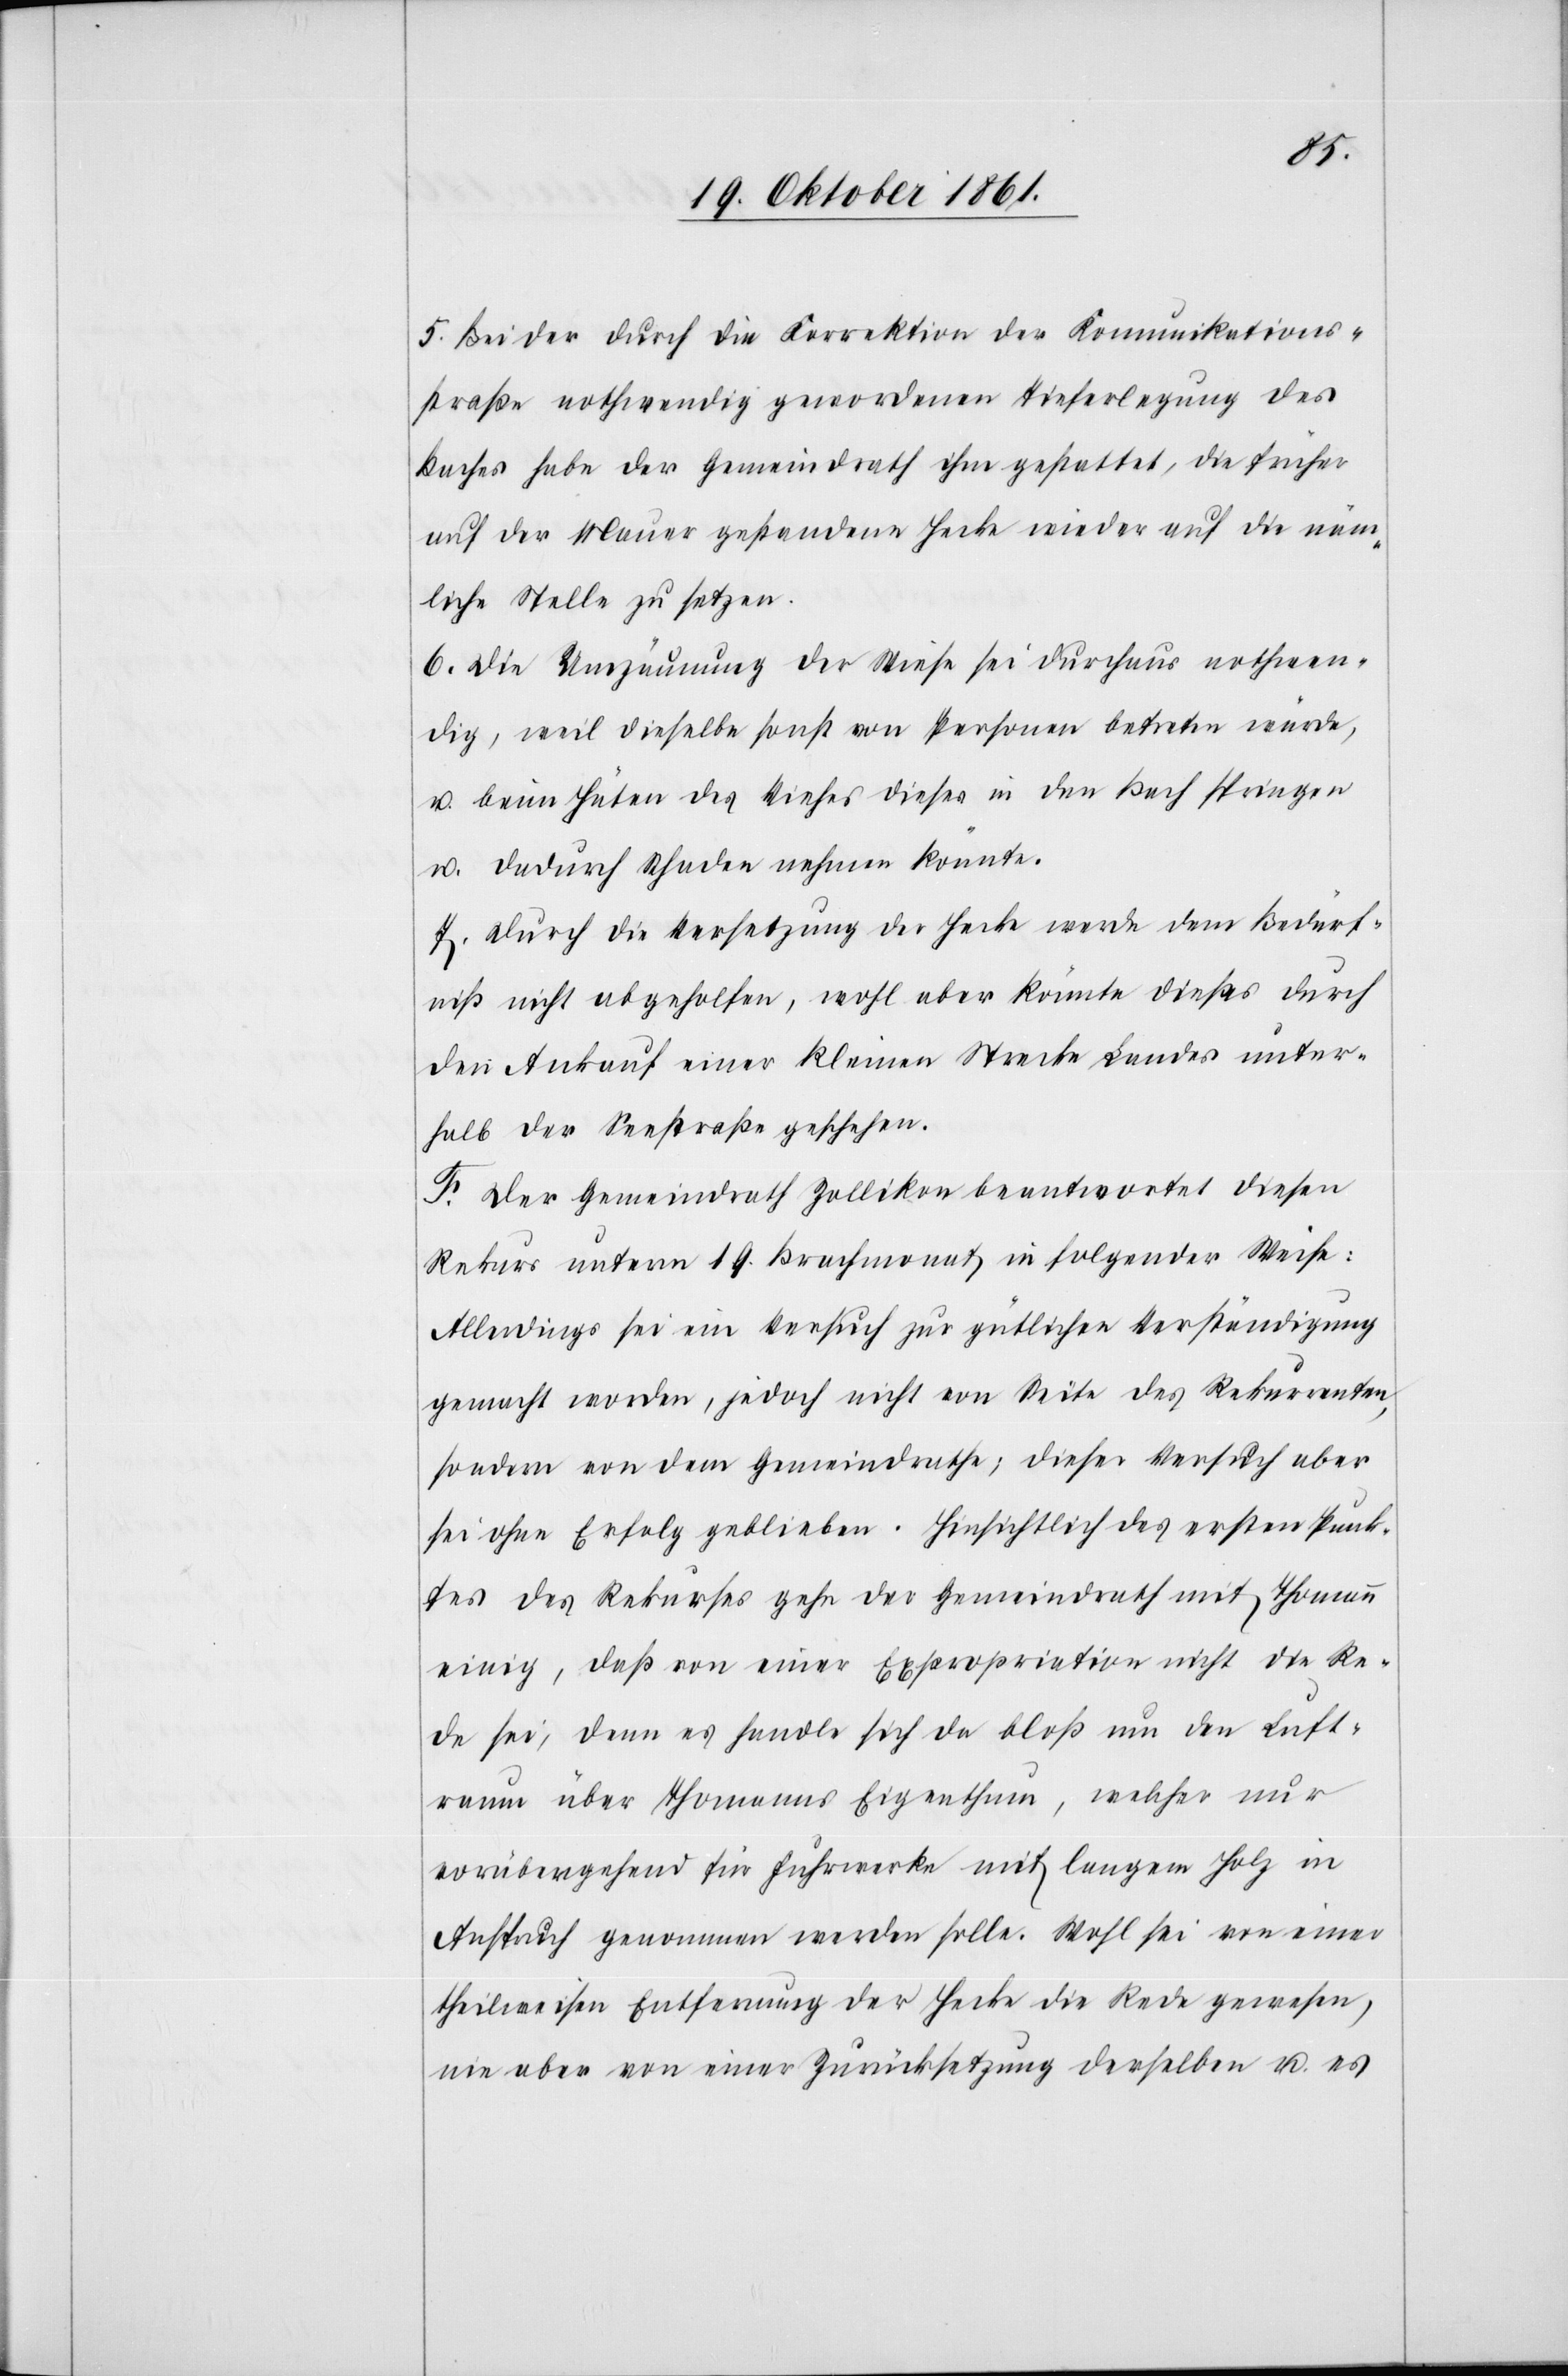
5. Bei der durch die Korrektion der Kommunikations¬
straße nothwendig gewordenen Tieferlegung des
Baches habe der Gemeindrath ihm gestattet, die früher
auf der Mauer gestandene Hecke wieder auf die näm¬
liche Stelle zu setzen.
6. Die Umzäunung der Wiese sei durchaus nothwen¬
dig, weil dieselbe sonst von Personen betreten würde,
u. beim Hüten des Viehes dieses in den Bach springen
u. dadurch Schaden nehmen könnte.
7. Durch die Versetzung der Hecke werde dem Bedürf¬
niß nicht abgeholfen, wohl aber könnte dieses durch
den Ankauf einer kleinen Strecke Landes unter¬
halb der Seestraße geschehen.
F. Der Gemeindrath Zollikon beantwortet diesen
Rekurs unterm 19 Brachmonat in folgender Weise:
Allerdings sei ein Versuch zur gütlichen Verständigung
gemacht worden, jedoch nicht von Seite des Rekurrenten,
sondern von dem Gemeindrathe, dieser Versuch aber
sei ohne Erfolg geblieben. Hinsichtlich des ersten Punk¬
tes des Rekurses gehe der Gemeindrath mit Thomann
einig, daß von einer Expropriation nicht die Re¬
de sei, denn es handle sich da bloß um den Luft¬
raum über Thomanns Eigenthum, welcher nur
vorübergehend für Fuhrwerke mit langem Holz in
Anspruch genommen werden solle. Wohl sei von einer
theilweisen Entfernung der Hecke die Rede gewesen,
nie aber von einer Zurücksetzung derselben u. es